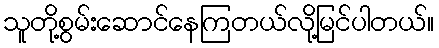
သူတို့စွမ်းဆောင်နေကြတယ်လို့မြင်ပါတယ်။